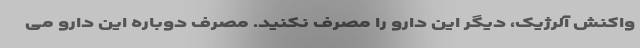
واکنش آلرژیک، دیگر این دارو را مصرف نکنید. مصرف دوباره این دارو می